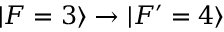
\vert F = 3 \rangle \rightarrow \vert F ^ { \prime } = 4 \rangle